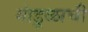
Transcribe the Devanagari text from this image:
गांडूळाची